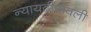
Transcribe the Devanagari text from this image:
न्यायदीपावली